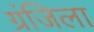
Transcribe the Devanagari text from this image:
ग्रंजिला